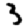
Digit: 3